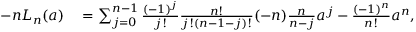
\begin{array} { r l } { - n L _ { n } ( a ) } & { { } = \sum _ { j = 0 } ^ { n - 1 } \frac { ( - 1 ) ^ { j } } { j ! } \frac { n ! } { j ! ( n - 1 - j ) ! } ( - n ) \frac { n } { n - j } a ^ { j } - \frac { ( - 1 ) ^ { n } } { n ! } a ^ { n } , } \end{array}